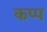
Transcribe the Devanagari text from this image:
कप्प